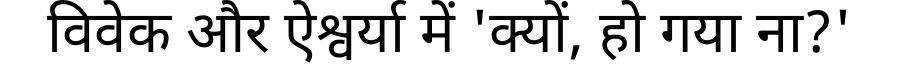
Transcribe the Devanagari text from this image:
विवेक और ऐश्वर्या में 'क्यों, हो गया ना?'